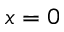
x = 0